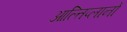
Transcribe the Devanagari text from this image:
आल्तिप्लानो